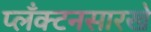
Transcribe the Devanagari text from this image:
प्लँक्टनसारखे